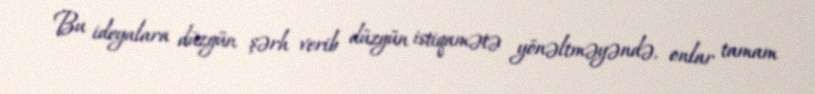
Bu ideyalara düzgün şərh verib düzgün istiqamətə yönəltməyəndə, onlar tamam